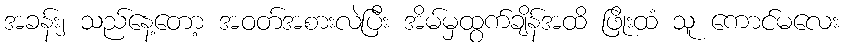
အခန်း၂ သည်နေ့တော့ အဝတ်အစားလဲပြီး အိမ်မှထွက်ချိန်အထိ ဖြိုးထံ သူ ကောင်မလေး